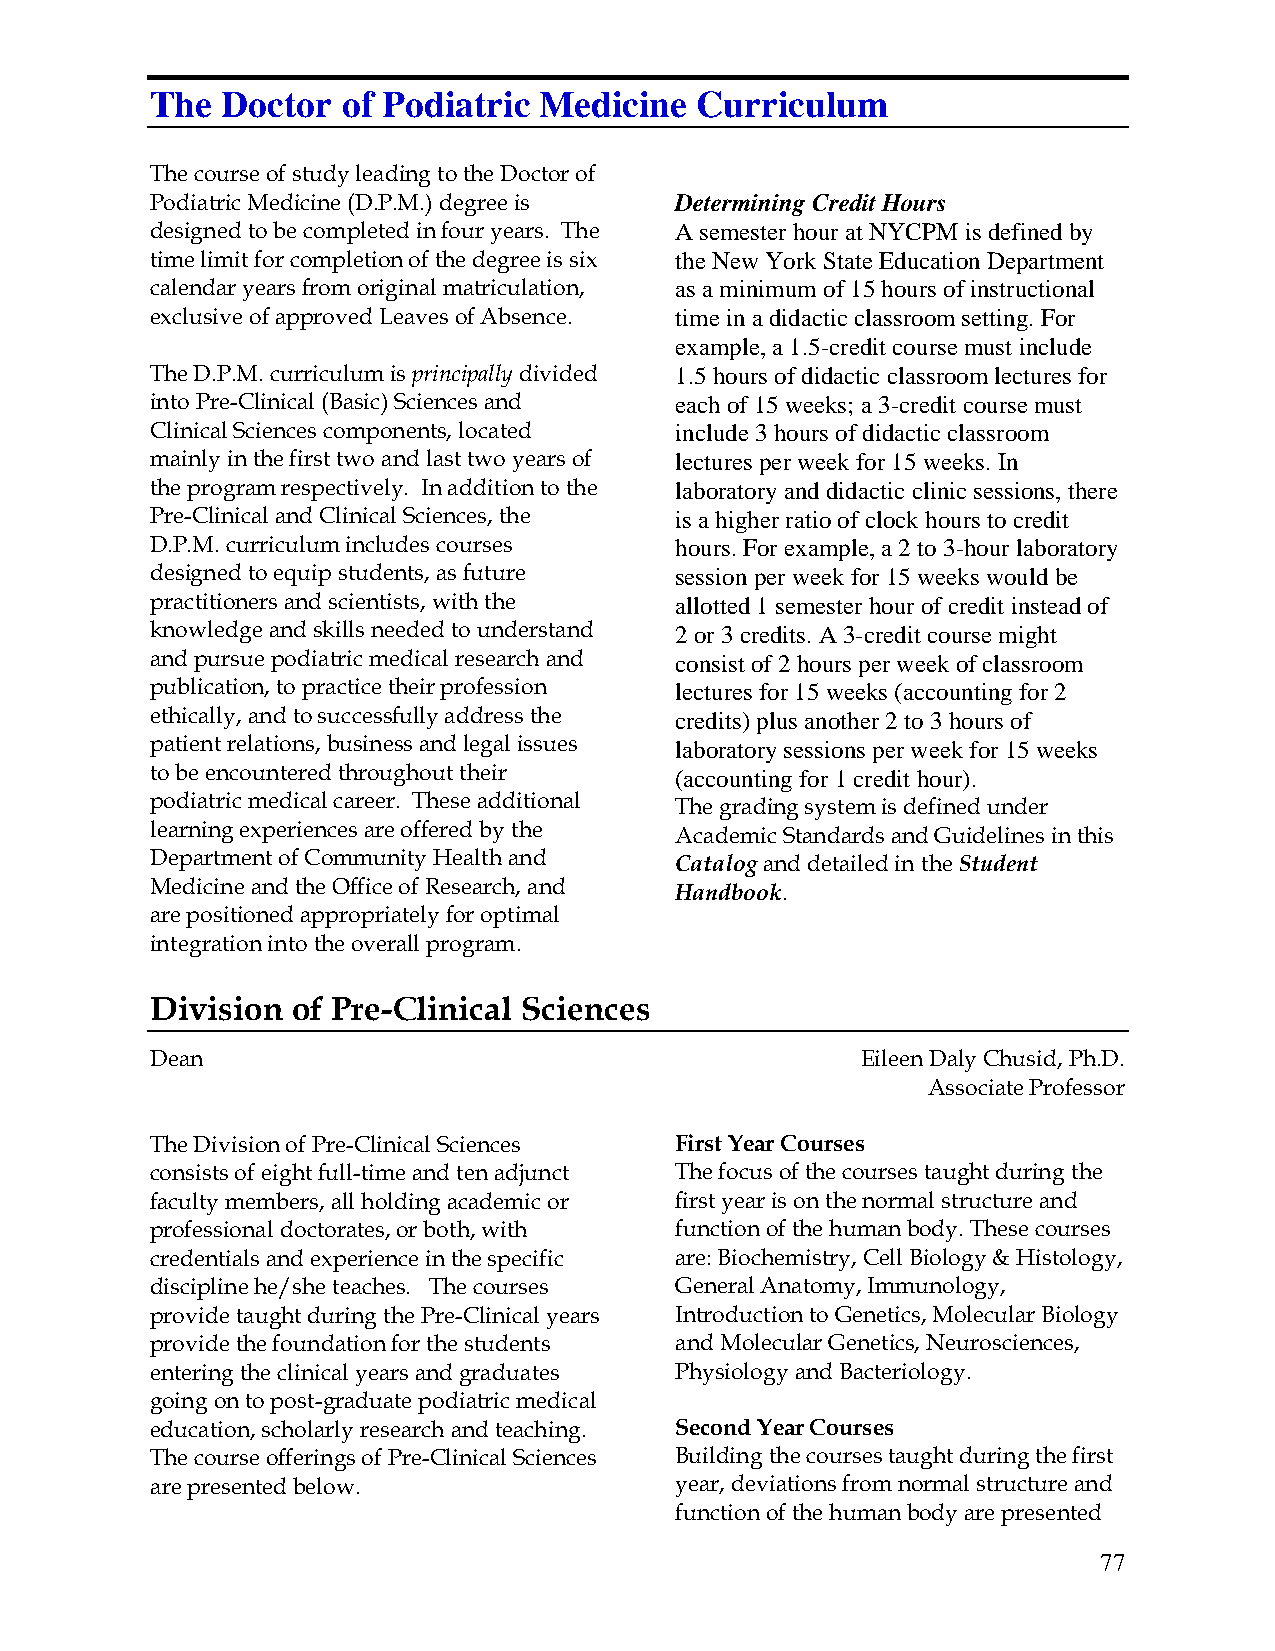
The  Doctor  of Podiatric Medicine  Curriculum
 The course of study leading to the Doctor of
 Podiatric Medicine (D.P.M.) degree is Determining Credit Hours
 designed to be completed in four years. The A semester hour at NYCPM is defined by
 time limit for completion of the degree is six the New York State Education Department
 calendar years from original matriculation, as a minimum of 15 hours of instructional
 exclusive of approved Leaves of Absence. time in a didactic classroom setting. For
 example, a 1.5-credit course must include
 The D.P.M. curriculum is principally divided 1.5 hours of didactic classroom lectures for
 into Pre-Clinical (Basic) Sciences and each of 15 weeks; a 3-credit course must
 Clinical Sciences components, located include 3 hours of didactic classroom
 mainly in the first two and last two years of lectures per week for 15 weeks. In
 the program respectively. In addition to the laboratory and didactic clinic sessions, there
 Pre-Clinical and Clinical Sciences, the is a higher ratio of clock hours to credit
 D.P.M. curriculum includes courses hours. For example, a 2 to 3-hour laboratory
 designed to equip students, as future session per week for 15 weeks would be
 practitioners and scientists, with the allotted 1 semester hour of credit instead of
 knowledge and skills needed to understand 2 or 3 credits. A 3-credit course might
 and pursue podiatric medical research and consist of 2 hours per week of classroom
 publication, to practice their profession lectures for 15 weeks (accounting for 2
 ethically, and to successfully address the credits) plus another 2 to 3 hours of
 patient relations, business and legal issues laboratory sessions per week for 15 weeks
 to be encountered throughout their (accounting for 1 credit hour).
 podiatric medical career. These additional The grading system is defined under
 learning experiences are offered by the Academic Standards and Guidelines in this
 Department of Community Health and Catalog and detailed in the Student
 Medicine and the Office of Research, and Handbook.
 are positioned appropriately for optimal
 integration into the overall program.
 Division of Pre-Clinical Sciences
 Dean                                           Eileen Daly Chusid, Ph.D.
 Associate Professor
 The Division of Pre-Clinical Sciences First Year Courses
 consists of eight full-time and ten adjunct The focus of the courses taught during the
 faculty members, all holding academic or first year is on the normal structure and
 professional doctorates, or both, with function of the human body. These courses
 credentials and experience in the specific are: Biochemistry, Cell Biology & Histology,
 discipline he/she teaches. The courses General Anatomy, Immunology,
 provide taught during the Pre-Clinical years Introduction to Genetics, Molecular Biology
 provide the foundation for the students and Molecular Genetics, Neurosciences,
 entering the clinical years and graduates Physiology and Bacteriology.
 going on to post-graduate podiatric medical
 education, scholarly research and teaching. Second Year Courses
 The course offerings of Pre-Clinical Sciences Building the courses taught during the first
 are presented below.               year, deviations from normal structure and
 function of the human body are presented
 77